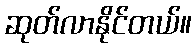
ဆုတ်လာနိုင်တယ်။